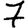
Digit: 7